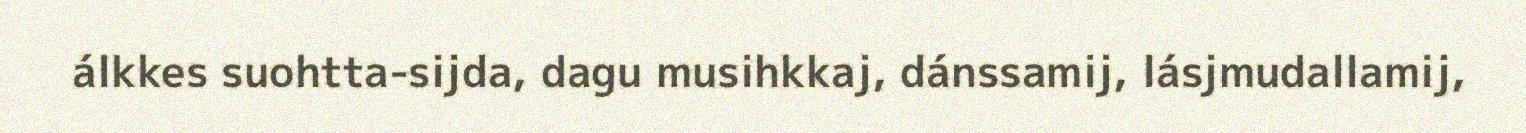
álkkes suohtta-sijda, dagu musihkkaj, dánssamij, lásjmudallamij,